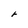
Character: r